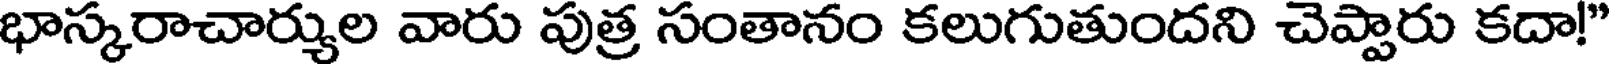
భాస్కరాచార్యుల వారు పుత్ర సంతానం కలుగుతుందని చెప్పారు కదా!"